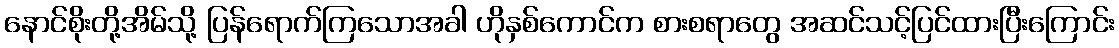
နောင်စိုးတို့အိမ်သို့ ပြန်ရောက်ကြသောအခါ ဟိုနှစ်ကောင်က စားစရာတွေ အဆင်သင့်ပြင်ထားပြီးကြောင်း